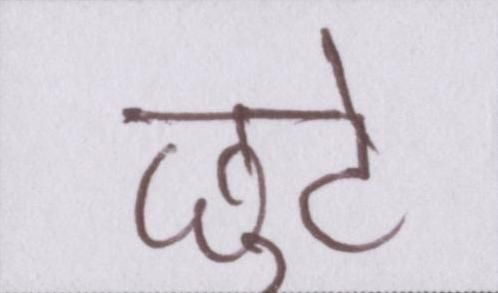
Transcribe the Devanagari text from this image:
छुटे